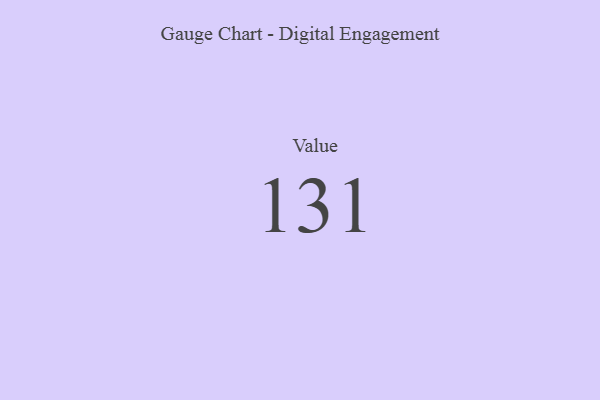
{"axis": {"x": "Metric", "y": "Value"}, "legend": [""], "data": [{"x": "Value", "y": 131, "type": ""}]}